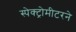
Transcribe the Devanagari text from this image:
स्पेक्ट्रोमीटरने